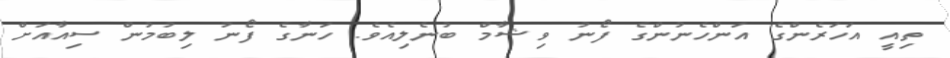
ތިއީ އަހަރެންގެ އަންހެނުންގެ ފޯނު ވިޝާމް ބުނެލިއެވެ. ހަނާގެ ފޯނު ލިބުމުން ސިއާއަށް